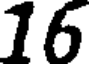
16